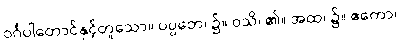
ဝင်္ဂပါတောင်နှင့်တူသော။ ပပ္ပတေ၊ ၌။ ဝသိ၊ ၏။ အထ၊ ၌။ ဧကော၊